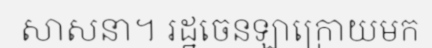
សាសនា។ រដ្ឋចេនឡាក្រោយមក